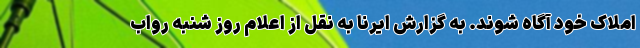
املاک خود آگاه شوند. به گزارش ایرنا به نقل از اعلام روز شنبه رواب